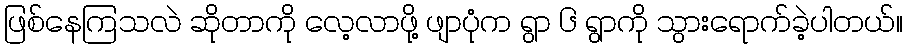
ဖြစ်နေကြသလဲ ဆိုတာကို လေ့လာဖို့ ဖျာပုံက ရွာ ၆ ရွာကို သွားရောက်ခဲ့ပါတယ်။